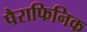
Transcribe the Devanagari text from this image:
पैराफिनिक